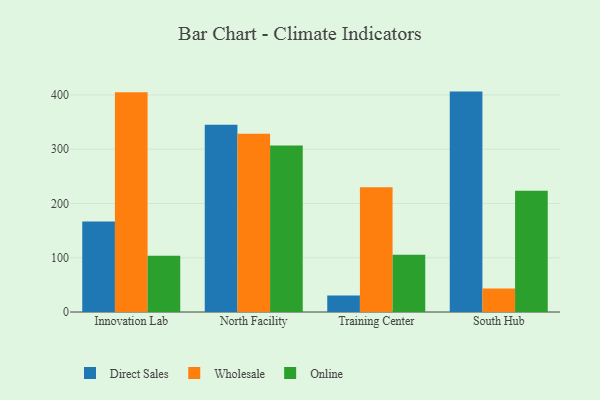
{"axis": {"x": "Campus", "y": "Population (Million)"}, "legend": ["Direct Sales", "Online", "Wholesale"], "data": [{"x": "Innovation Lab", "y": 167.0, "type": "Direct Sales"}, {"x": "Innovation Lab", "y": 404.9, "type": "Wholesale"}, {"x": "Innovation Lab", "y": 103.5, "type": "Online"}, {"x": "North Facility", "y": 345.2, "type": "Direct Sales"}, {"x": "North Facility", "y": 328.3, "type": "Wholesale"}, {"x": "North Facility", "y": 306.7, "type": "Online"}, {"x": "Training Center", "y": 30.3, "type": "Direct Sales"}, {"x": "Training Center", "y": 230.1, "type": "Wholesale"}, {"x": "Training Center", "y": 105.5, "type": "Online"}, {"x": "South Hub", "y": 406.2, "type": "Direct Sales"}, {"x": "South Hub", "y": 43.5, "type": "Wholesale"}, {"x": "South Hub", "y": 223.3, "type": "Online"}]}